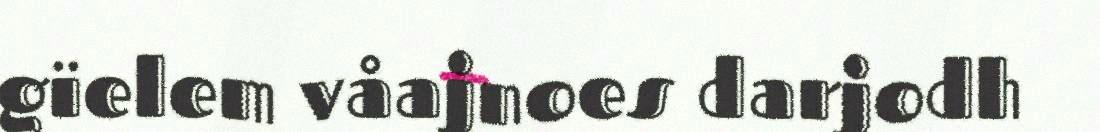
gïelem våajnoes darjodh